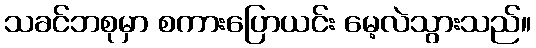
သခင်ဘစုမှာ စကားပြောယင်း မေ့လဲသွားသည်။